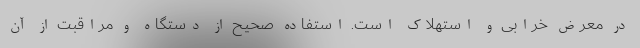
در معرض خرابی و استهلاک است. استفاده صحیح از دستگاه و مراقبت از آن